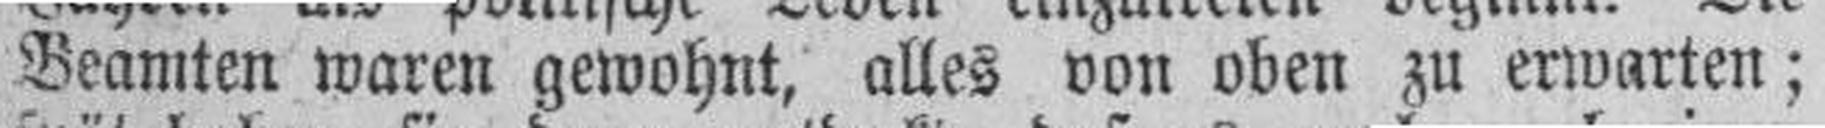
Beamten waren gewohnt, alles von oben zu erwarten;